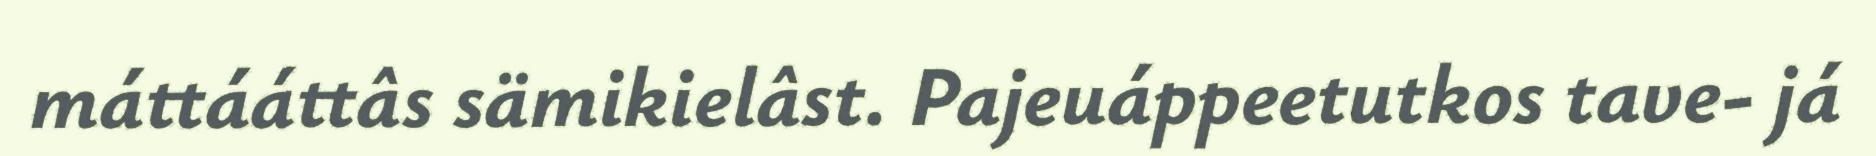
máttááttâs sämikielâst. Pajeuáppeetutkos tave- já